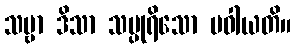
သဗ္ဗာ ဒိသာ သပ္ပုရိသော ပဝါယတိ။